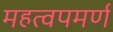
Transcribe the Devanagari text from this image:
महत्‍वपमर्ण